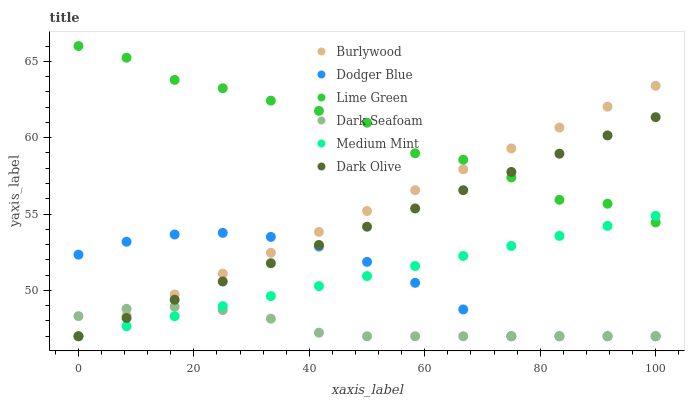
| xaxis_label | Burlywood | Dodger Blue | Lime Green | Dark Seafoam | Medium Mint | Dark Olive |
 | --- | --- | --- | --- | --- | --- | --- |
 | 0 | 47 | 52.3 | 66 | 48.3 | 47 | 47 |
 | 8.33 | 48.4 | 53.2 | 65.2 | 48.8 | 47.7 | 48.2 |
 | 16.7 | 49.7 | 53.7 | 63.8 | 48.9 | 48.3 | 49.4 |
 | 25 | 51.1 | 53.8 | 63.2 | 48.7 | 49 | 50.6 |
 | 33.3 | 52.5 | 53.5 | 62.4 | 48.2 | 49.6 | 51.8 |
 | 41.7 | 53.8 | 52.9 | 61.8 | 47.2 | 50.3 | 53 |
 | 50 | 55.2 | 51.9 | 61 | 47 | 50.9 | 54.2 |
 | 58.3 | 56.6 | 50.5 | 59 | 47 | 51.6 | 55.4 |
 | 66.7 | 57.9 | 48.8 | 58.6 | 47 | 52.3 | 56.6 |
 | 75 | 59.3 | 47 | 57.4 | 47 | 52.9 | 57.8 |
 | 83.3 | 60.7 | 47 | 55.9 | 47 | 53.6 | 59 |
 | 91.7 | 62 | 47 | 55.7 | 47 | 54.2 | 60.1 |
 | 100 | 63.4 | 47 | 54.5 | 47 | 54.9 | 61.3 |